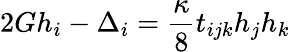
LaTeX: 2Gh_{i}-\Delta_{i}=\frac{\kappa}{8}t_{ijk}h_{j}h_{k}